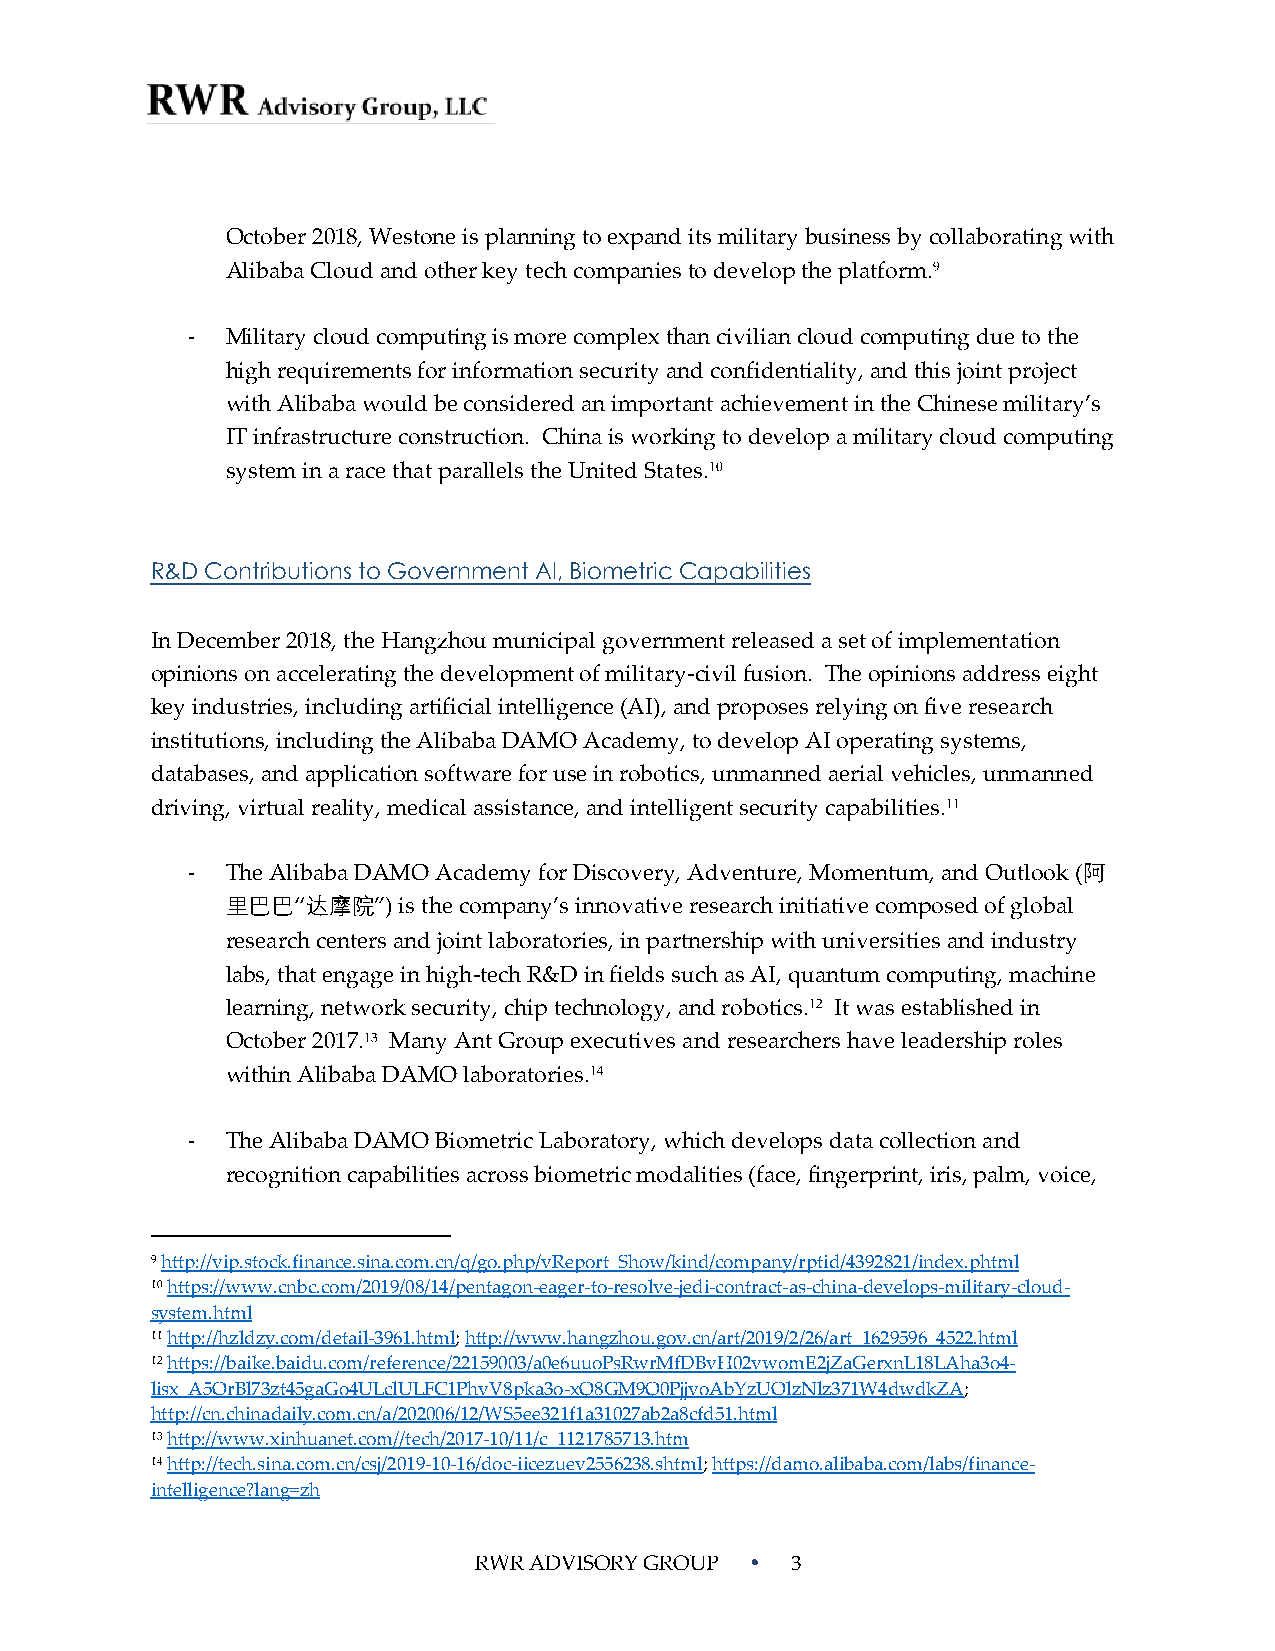
October 2018, Westone is planning to expand its military business by collaborating with
 Alibaba Cloud and other key tech companies to develop the platform.9
 -  Military cloud computing is more complex than civilian cloud computing due to the
 high requirements for information security and confidentiality, and this joint project
 with Alibaba would be considered an important achievement in the Chinese military’s
 IT infrastructure construction. China is working to develop a military cloud computing
 system in a race that parallels the United States.10
 R&D Contributions to Government AI, Biometric Capabilities
 In December 2018, the Hangzhou municipal government released a set of implementation
 opinions on accelerating the development of military-civil fusion. The opinions address eight
 key industries, including artificial intelligence (AI), and proposes relying on five research
 institutions, including the Alibaba DAMO Academy, to develop AI operating systems,
 databases, and application software for use in robotics, unmanned aerial vehicles, unmanned
 driving, virtual reality, medical assistance, and intelligent security capabilities.11
 -  The Alibaba DAMO Academy for Discovery, Adventure, Momentum, and Outlook (阿
 里巴巴“达摩院”)  is the company’s innovative research initiative composed of global
 research centers and joint laboratories, in partnership with universities and industry
 labs, that engage in high-tech R&D in fields such as AI, quantum computing, machine
 learning, network security, chip technology, and robotics.12 It was established in
 October 2017.13 Many Ant Group executives and researchers have leadership roles
 within Alibaba DAMO laboratories.14
 -  The Alibaba DAMO Biometric Laboratory, which develops data collection and
 recognition capabilities across biometric modalities (face, fingerprint, iris, palm, voice,
 9 http://vip.stock.finance.sina.com.cn/q/go.php/vReport_Show/kind/company/rptid/4392821/index.phtml
 10 https://www.cnbc.com/2019/08/14/pentagon-eager-to-resolve-jedi-contract-as-china-develops-military-cloud-
 system.html
 11 http://hzldzy.com/detail-3961.html; http://www.hangzhou.gov.cn/art/2019/2/26/art_1629596_4522.html
 12 https://baike.baidu.com/reference/22159003/a0e6uuoPsRwrMfDBvH02vwomE2jZaGerxnL18LAha3o4-
 lisx_A5OrBl73zt45gaGo4ULclULFC1PhvV8pka3o-xQ8GM9Q0PjjvoAbYzUOlzNlz371W4dwdkZA;
 http://cn.chinadaily.com.cn/a/202006/12/WS5ee321f1a31027ab2a8cfd51.html
 13 http://www.xinhuanet.com//tech/2017-10/11/c_1121785713.htm
 14 http://tech.sina.com.cn/csj/2019-10-16/doc-iicezuev2556238.shtml; https://damo.alibaba.com/labs/finance-
 intelligence?lang=zh
 RWR ADVISORY GROUP  3